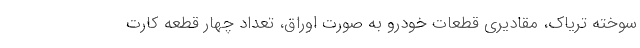
سوخته تریاک، مقادیری قطعات خودرو به صورت اوراق، ‌تعداد چهار قطعه کارت